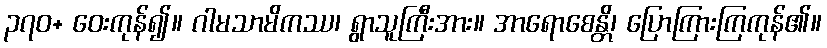
၃၇၀+ ဝေးကုန်၍။ ဂါမသာမိကဿ၊ ရွာသူကြီးအား။ အာရောစေန္တိ၊ ပြောကြားကြကုန်၏။